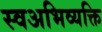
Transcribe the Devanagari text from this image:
स्वअभिव्यक्ति